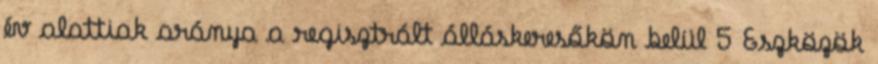
év alattiak aránya a regisztrált álláskeresőkön belül 5 Eszközök